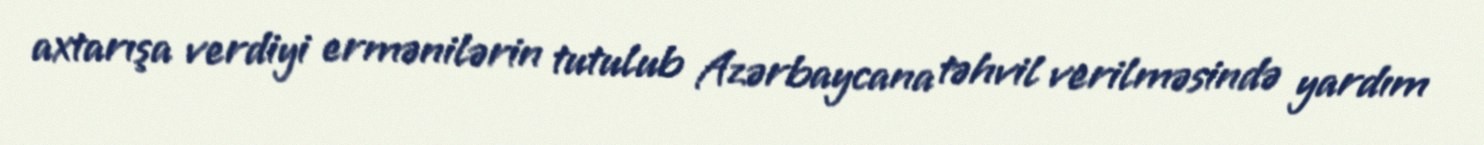
axtarışa verdiyi ermənilərin tutulub Azərbaycana təhvil verilməsində yardım